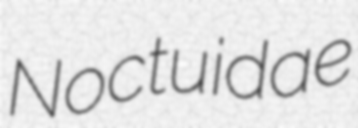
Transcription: Noctuidae